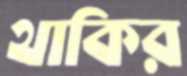
থাকির